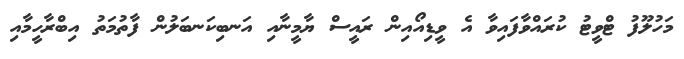
މަހުލޫފު ޓްވީޓު ކުރައްވާފައިވާ އެ ވީޑިއޯއިން ރައީސް ޔާމީނާއި އަނބިކަނބަލުން ފާތުމަތު އިބްރާހީމާއި